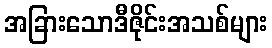
အခြားသောဒီဇိုင်းအသစ်များ